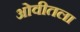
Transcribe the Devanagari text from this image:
ओवीतला